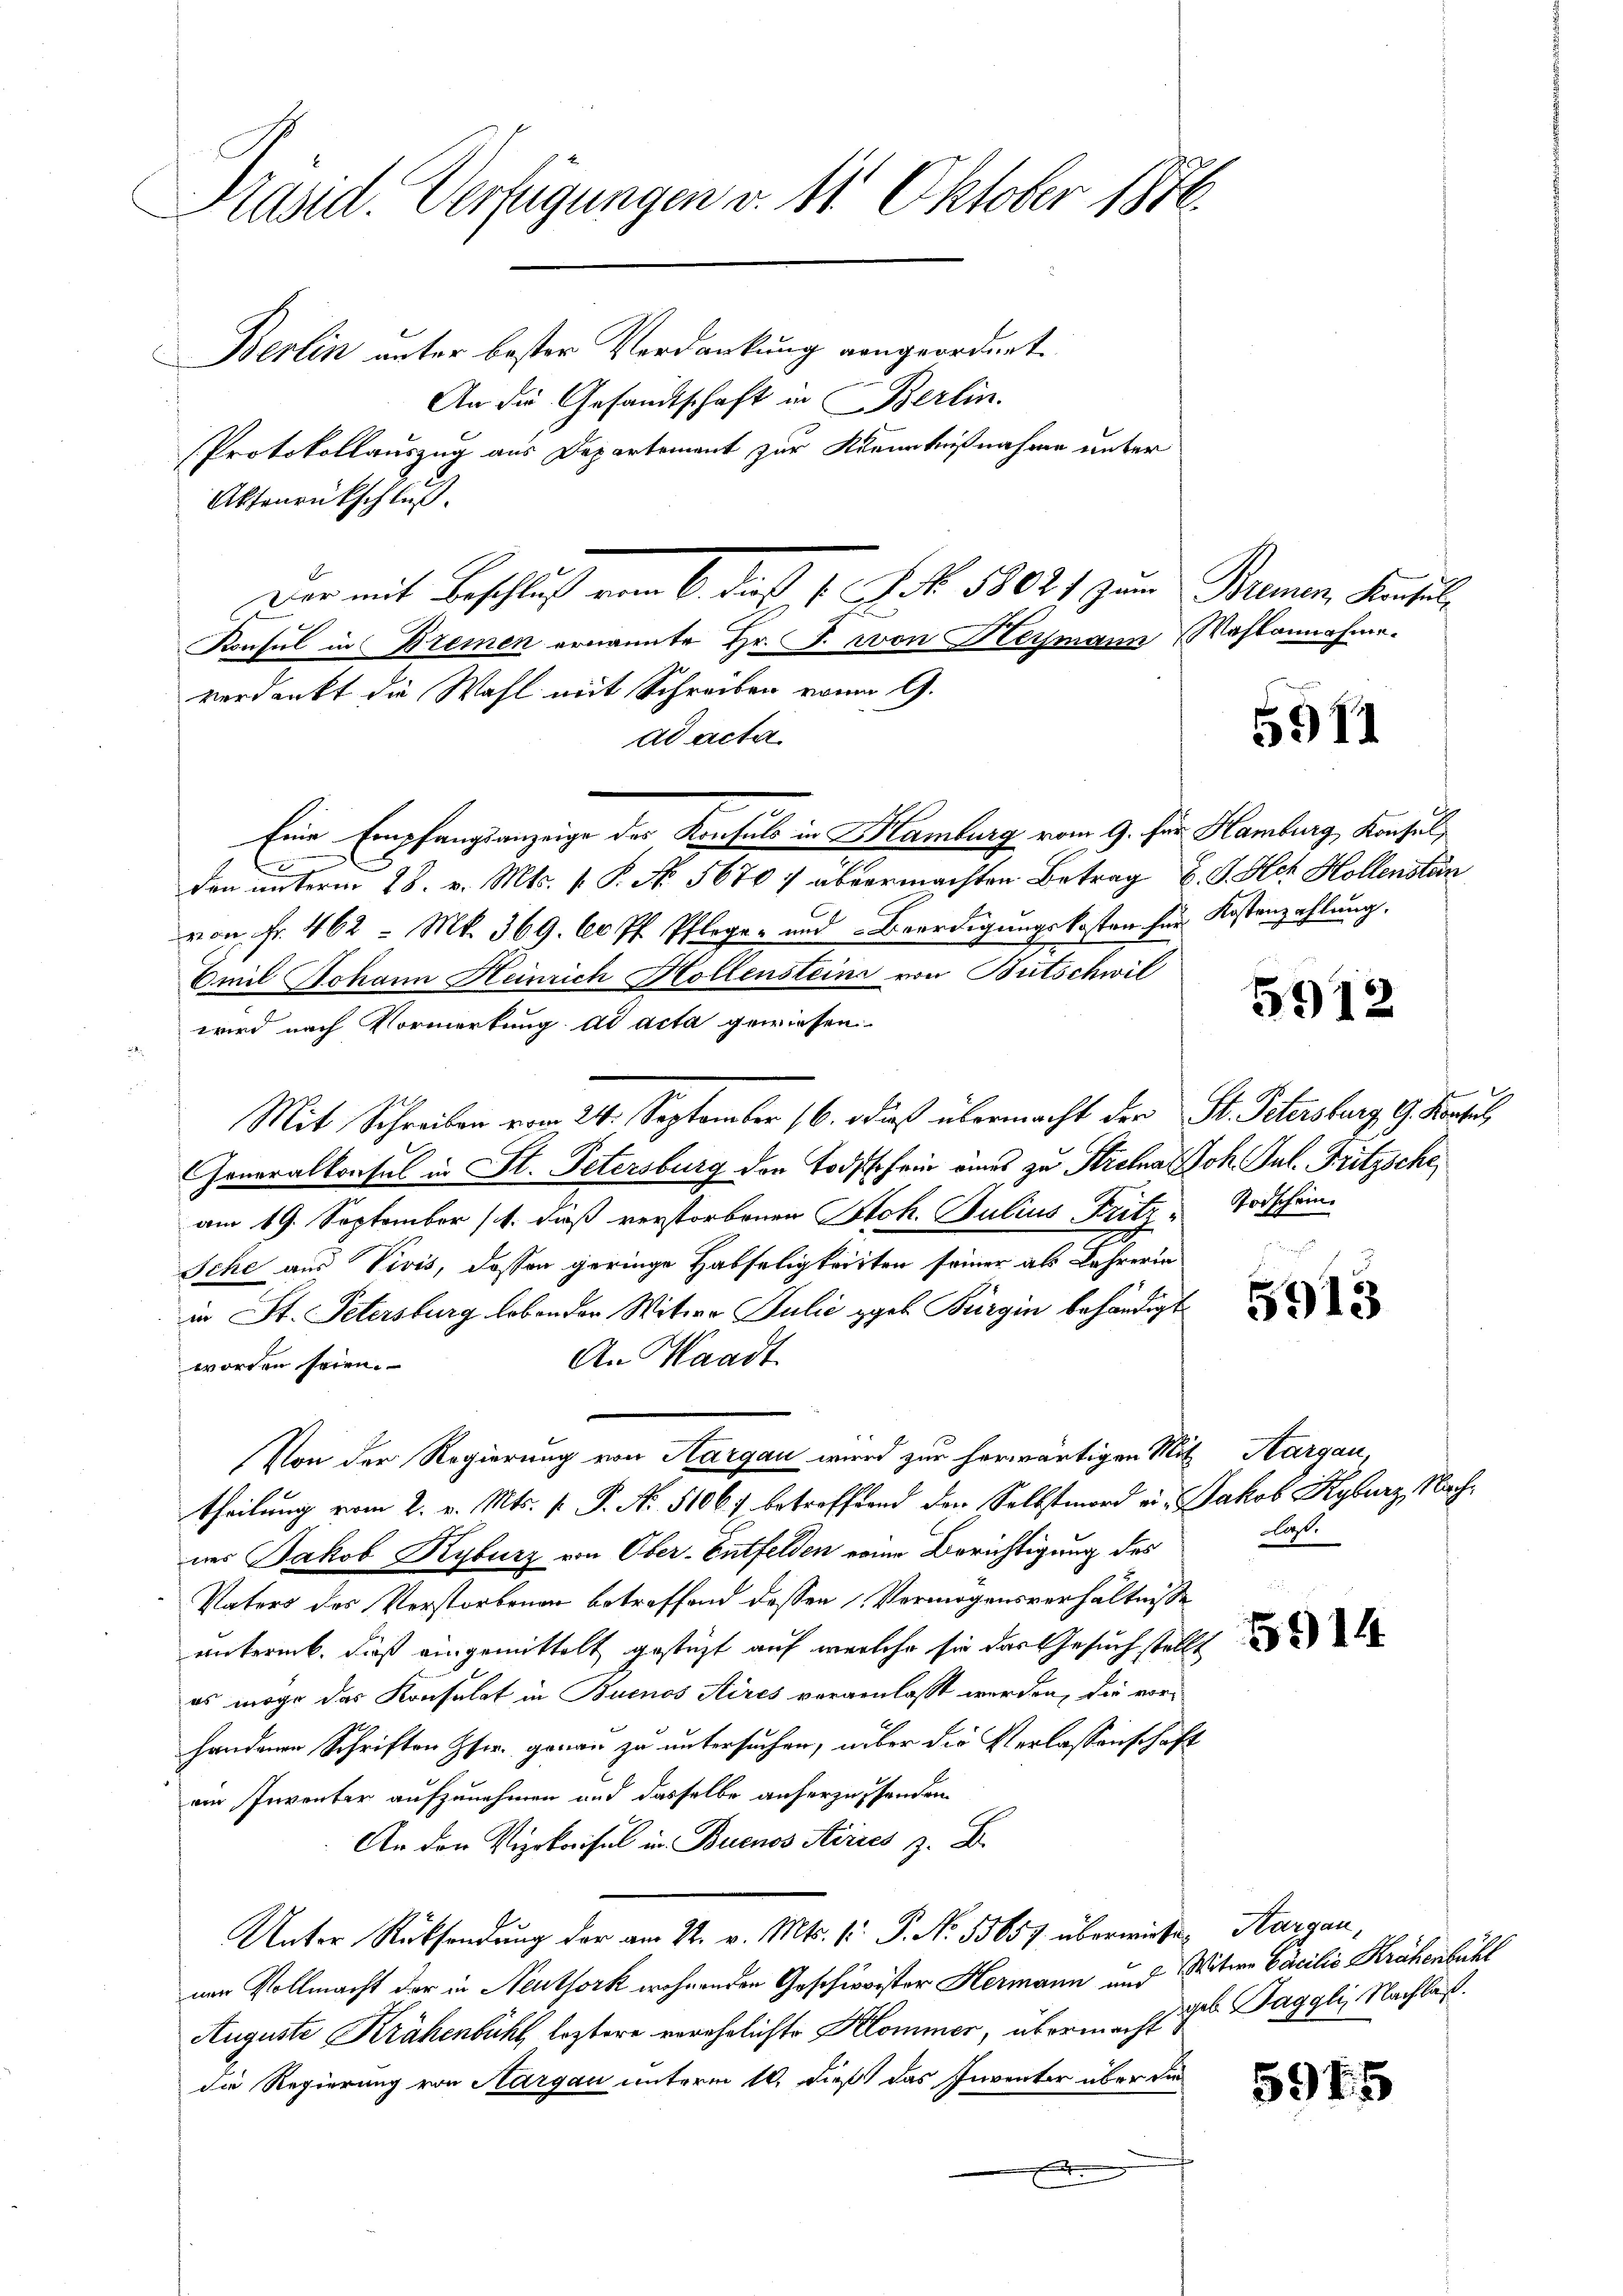
Präsid. Verfügungen v. 11 Oktober 1876.

Berlin unter bester Verdankung angeordnet.
An die Gesandtschaft in Berlin.
Protokollauszug aus Departement zur Kenntnißnahme unter
Aktenrückschluß.
Konsul in Bremen ernannte Hr. J. von Heymann Wahlannahme.
verdankt die Wahl mit Schreiben vom 9.
ad acta
Eine Empfangsanzeige der Konsuls in Hamburg vom 9. Für Hamburg, Konsul
l
E
den unterm 28. v. Mts. v. P. No. 5670 / abvermachten Betrag B. G. Hat Hollensten
von Fr. 462 = Mk. 369. 60 Pf. Pflege- und Beerdigungskosten für Kostenzahlung,
Emil Johann Heinrich Hollenstein von Butschwil
wird nach Vormerkung ad acta gewiesen.
Mit Schreiben vom 24. September 16. dieß übermacht der St. Petersburg, G. Konsul
Generalkonsul in St. Petersburg den Todschein eines zu Strehna Joh. Jul. Fritzsche,
am 19. September (1. dieß verstorbenen Stoh. Julius Fritz, Todschein¬
Iche aus Vivis, dessen geringe Habseligkeitten seiner als Lehrerin
in St. Petersburg lebender Witwe Julić geb. Bürgin behändigt
An Waadt
worden seien.
Von der Regierung von Aargau wird zur herwärtigen Mit Margau,
theilung vom 2. v. Mts. p. P. Nr. 51067 betreffend den Selbstmord ein Jakob Kyburz, Nachnes Jakob Kyburg von Ober-Entfelden eine Berichtigung des
Vaters des Verstorbenen betreffend dessen Vermögensverhältnisse
untermit, dieß eingemittelt gestüzt auf welche sie das Gesuch stellt
es möge das Konsulat in Buenos Aires vorgenlasst werden, die vorhandenen Schriften Hs. genau zu untersuchen, aber die Verlassenschaft
ein Inventer aufzunehmen und dasselbe anherzusenden
An den Vizekonsul in Buenos Airies z. B.
Unter Rücksendung der am 22. v. Mts. 1. P. No. 55657 überwirke Aargau,
nen Vollmacht der in Neuthork wohnenden Geschwister Hermann und Witwe Cocilio Krähenbühl
Auguste Krähenbühl, leztere verehelichte Kommer, übermahlige Taggli, Nachlaß
die Regierung von Aargau unterm 10. dieß das Inventer über die
x

Der mit Beschluß vom 6. daß 1. Frk. 58021 zum Trumen, Konsul

5911

5912

5913

laß.

5914

5915